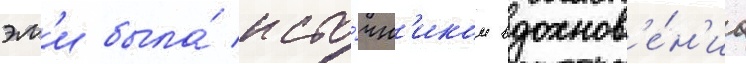
эм'и была́ исто́чн'иком вдохнов'е́н'иа